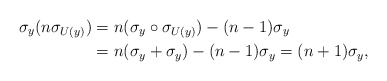
\begin{align*}\sigma_y(n\sigma_{U(y)})&=n(\sigma_y\circ\sigma_{U(y)})-(n-1)\sigma_y\\&=n(\sigma_y+\sigma_y)-(n-1)\sigma_y=(n+1)\sigma_y,\end{align*}